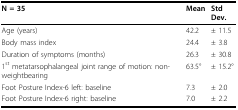
<table><thead><tr><td><b>N = 35</b></td><td><b>Mean</b></td><td><b>Std Dev.</b></td></tr></thead><tbody><tr><td>Age (years)</td><td>42.2</td><td>± 11.5</td></tr><tr><td>Body mass index</td><td>24.4</td><td>± 3.8</td></tr><tr><td>Duration of symptoms (months)</td><td>26.3</td><td>± 30.8</td></tr><tr><td>1<sup>st </sup>metatarsophalangeal joint range of motion: non-weightbearing</td><td>63.5°</td><td>± 15.2°</td></tr><tr><td>Foot Posture Index-6 left: baseline</td><td>7.3</td><td>± 2.0</td></tr><tr><td>Foot Posture Index-6 right: baseline</td><td>7.0</td><td>± 2.2</td></tr></tbody></table>